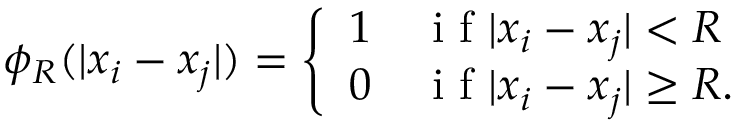
\phi _ { R } ( | x _ { i } - x _ { j } | ) = \left\{ \begin{array} { l l } { 1 } & { \mathrm { ~ i ~ f ~ } | x _ { i } - x _ { j } | < R } \\ { 0 } & { \mathrm { ~ i ~ f ~ } | x _ { i } - x _ { j } | \geq R . } \end{array} \right.